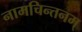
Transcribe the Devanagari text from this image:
नामचिन्तनम्